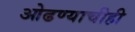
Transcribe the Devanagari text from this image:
ओढण्याचीही